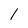
Character: l